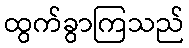
ထွက်ခွာကြသည်